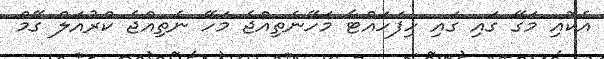
އެކޮއި މަގޭ ގައި ގައި ހިފަހައްޓާ މަހޭނެތިއްޖެ މަހޭ ނެތިއްޖެ ކްރުއަލް ގޭމް